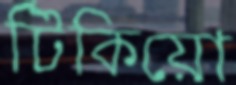
টিকিয়ো